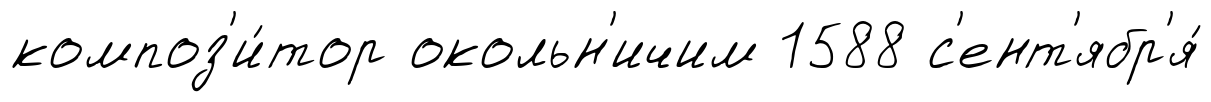
композ'и́тор окольн'ичим 1588 с'ент'ябр'я́